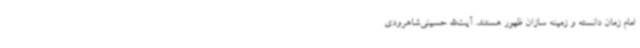
امام زمان دانسته و زمینه سازان ظهور هستند. آیت‌الله حسینی‌شاهرودی